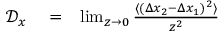
\begin{array} { r l r } { \mathcal D _ { x } } & { { } = } & { \operatorname* { l i m } _ { z \to 0 } \frac { \langle ( \Delta x _ { 2 } - \Delta x _ { 1 } ) ^ { 2 } \rangle } { z ^ { 2 } } } \end{array}